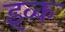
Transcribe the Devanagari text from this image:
इव्क